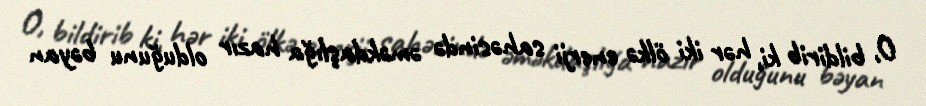
O, bildirib ki, hər iki ölkə enerji sahəsində əməkdaşlığa hazır olduğunu bəyan